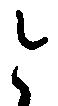
と